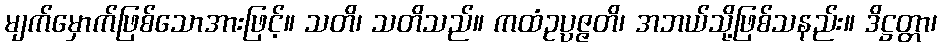
မျက်မှောက်ဖြစ်သောအားဖြင့်။ သတိ၊ သတိသည်။ ကထံဥပ္ပဇ္ဇတိ၊ အဘယ်သို့ဖြစ်သနည်း။ ဒိဋ္ဌတ္တာ၊